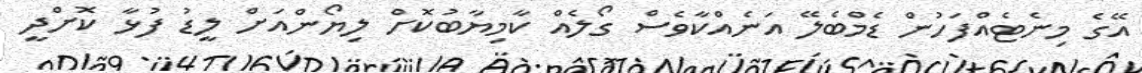
އޭގެ މިނެޓެއްފަހުން ޑެމްބެލޭ އަނެއްކާވެސް ގޯލެއް ކާމިޔާބުކޮށް ލިޔޯންއަށް ލީޑު ފުޅާ ކޮށްދީ